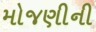
મોજણીની